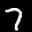
Label: 7